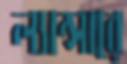
ল্যান্সারে